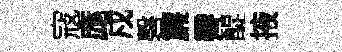
寇庬戍磬簾霽醍掖